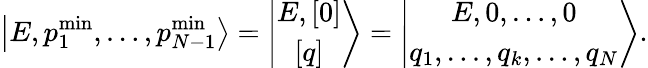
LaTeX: \left\vert E,p_{1}^{\mathrm{min}},\ldots,p_{N-1}^{\mathrm{min}}\right>=\left\vert\begin{array}{c}{{E,\left[0\right]}}\\ {{\left[q\right]}}\end{array}\right>=\left\vert\begin{array}{c}{{E,0,\ldots,0}}\\ {{q_{1},\ldots,q_{k},\ldots,q_{N}}}\end{array}\right>.